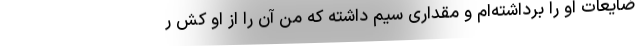
ضایعات او را برداشته‌ام و مقداری سیم داشته که من آن را از او کش ر